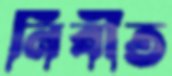
নিবীত